Account of plague administration in the Bombay Presidency from September 1896 till May 1897
Year: 1896
Disease focus: Plague
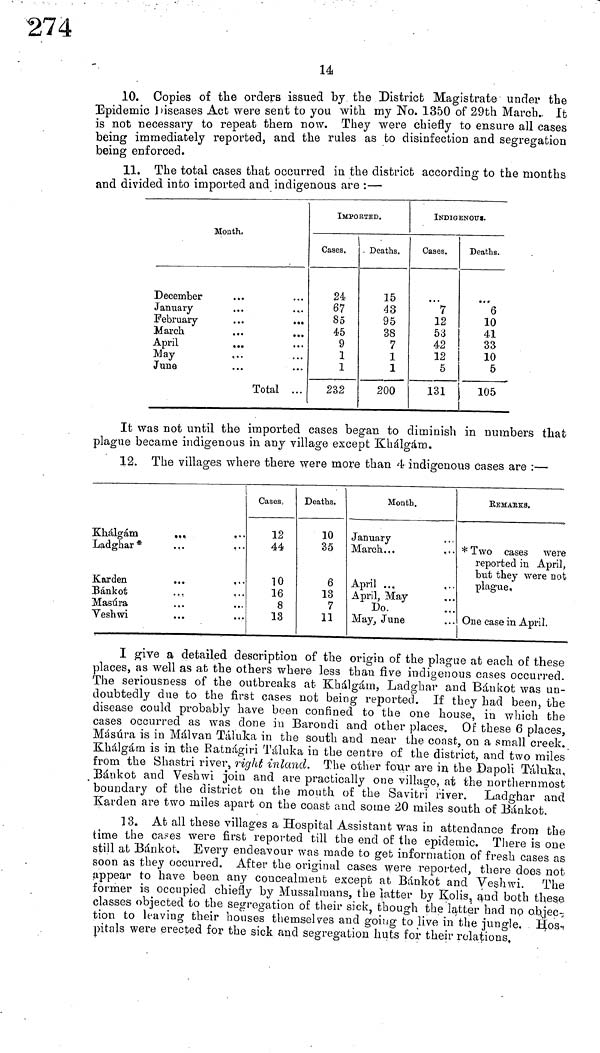
14
10. Copies of the orders issued by the District Magistrate under the
Epidemic Diseases Act were sent to you with my No. 1350 of 29th March. It
is not necessary to repeat them now. They were chiefly to ensure all cases
being immediately reported, and the rules as bo disinfection and segregation
being enforced.
11. The total cases that occurred in the district according to the months
and divided into imported and indigenous are :—
Mouth.
December
January
February
March
April
May
June
Total ...
IMPORTED.
|
Cases.
24
67
85
45
9
1
1
232
Deaths.
15
43
95
38
7
1
1
200
INDIGENOUS.
Cases,
7
12
53
42
12
5
131
Deaths«
...
6
10
41
33
10
5
105
It was not until the imported cases began to diminish in numbers that
plague became indigenous in any village except Khálgám.
12. The villages where there were more than 4 indigenous eases are :—
Khálgám
... ...
Ladghar *
...
...
Karden
...
...
Bánkot
Masúra
Yeshwi
Cases,
12
44
10
16
8
13
Deaths.
10
35
6
13
7
11
Month.
January
March...
April ...
April, May
Do.
May, June
REMARKS.
* Two cases were
reported in April,
but they were not
plague.
One case in April.
I give a detailed description of the origin of the plague at each of these
places, as well as at the others where less than five indigenous cases occurred.
The seriousness of the outbreaks at Khálgám, Ladghar and Bánkot was un-
doubtedly due to the first cases not being reported. If they had been, the
disease could probably have been confined to the one house, in which the
cases occurred as was done in Barondi and other places. Of these 6 places,
Masúra is in Málvan Tálka in the south and near the coast, on a small creek.
Khálgám is in the Ratnágiri Táluka in the centre of the district, and two miles
from the Shástri river, right inland. The other four are in the Dapoli Táluka,
Bánkot and Veshwi join and are practically one village, at the northernmost
boundary of the district on the mouth of the Savitri river. Ladghar and
Karden are two miles apart on the coast and some 20 miles south of Bánkot.
13. At all these villages a Hospital Assistant was in attendance from the
time the cases were first reported till the end of the epidemic. There is one
still at Bánkot. Every endeavour was made to get information of fresh cases as
soon as they occurred. After the original cases were reported, there does not
appear to have been any concealment except at Bánkot and Veshwi. The
former is occupied chiefly by Mussalmans, the latter by Kolis, and both these
classes objected to the segregation of their sick, though the latter had no objec-
tion to leaving their houses themselves and going to live in the jungle. Hos-
pitáis were erected for the sick and segregation huts for their relations.